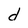
Character: d